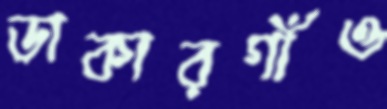
ডাকারগাঁও